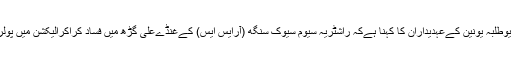
اس پورے معاملے پرایم یوطلبہ یونین کےعہدیداران کا کہنا ہےکہ راشٹریہ سیوم سیوک سنگھ (آرایس ایس) کےغنڈےعلی گڑھ میں فساد کراکرالیکشن میں پولرائزیشن کرانا چاہتے ہیں۔